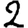
Digit: 2